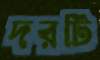
দরটি